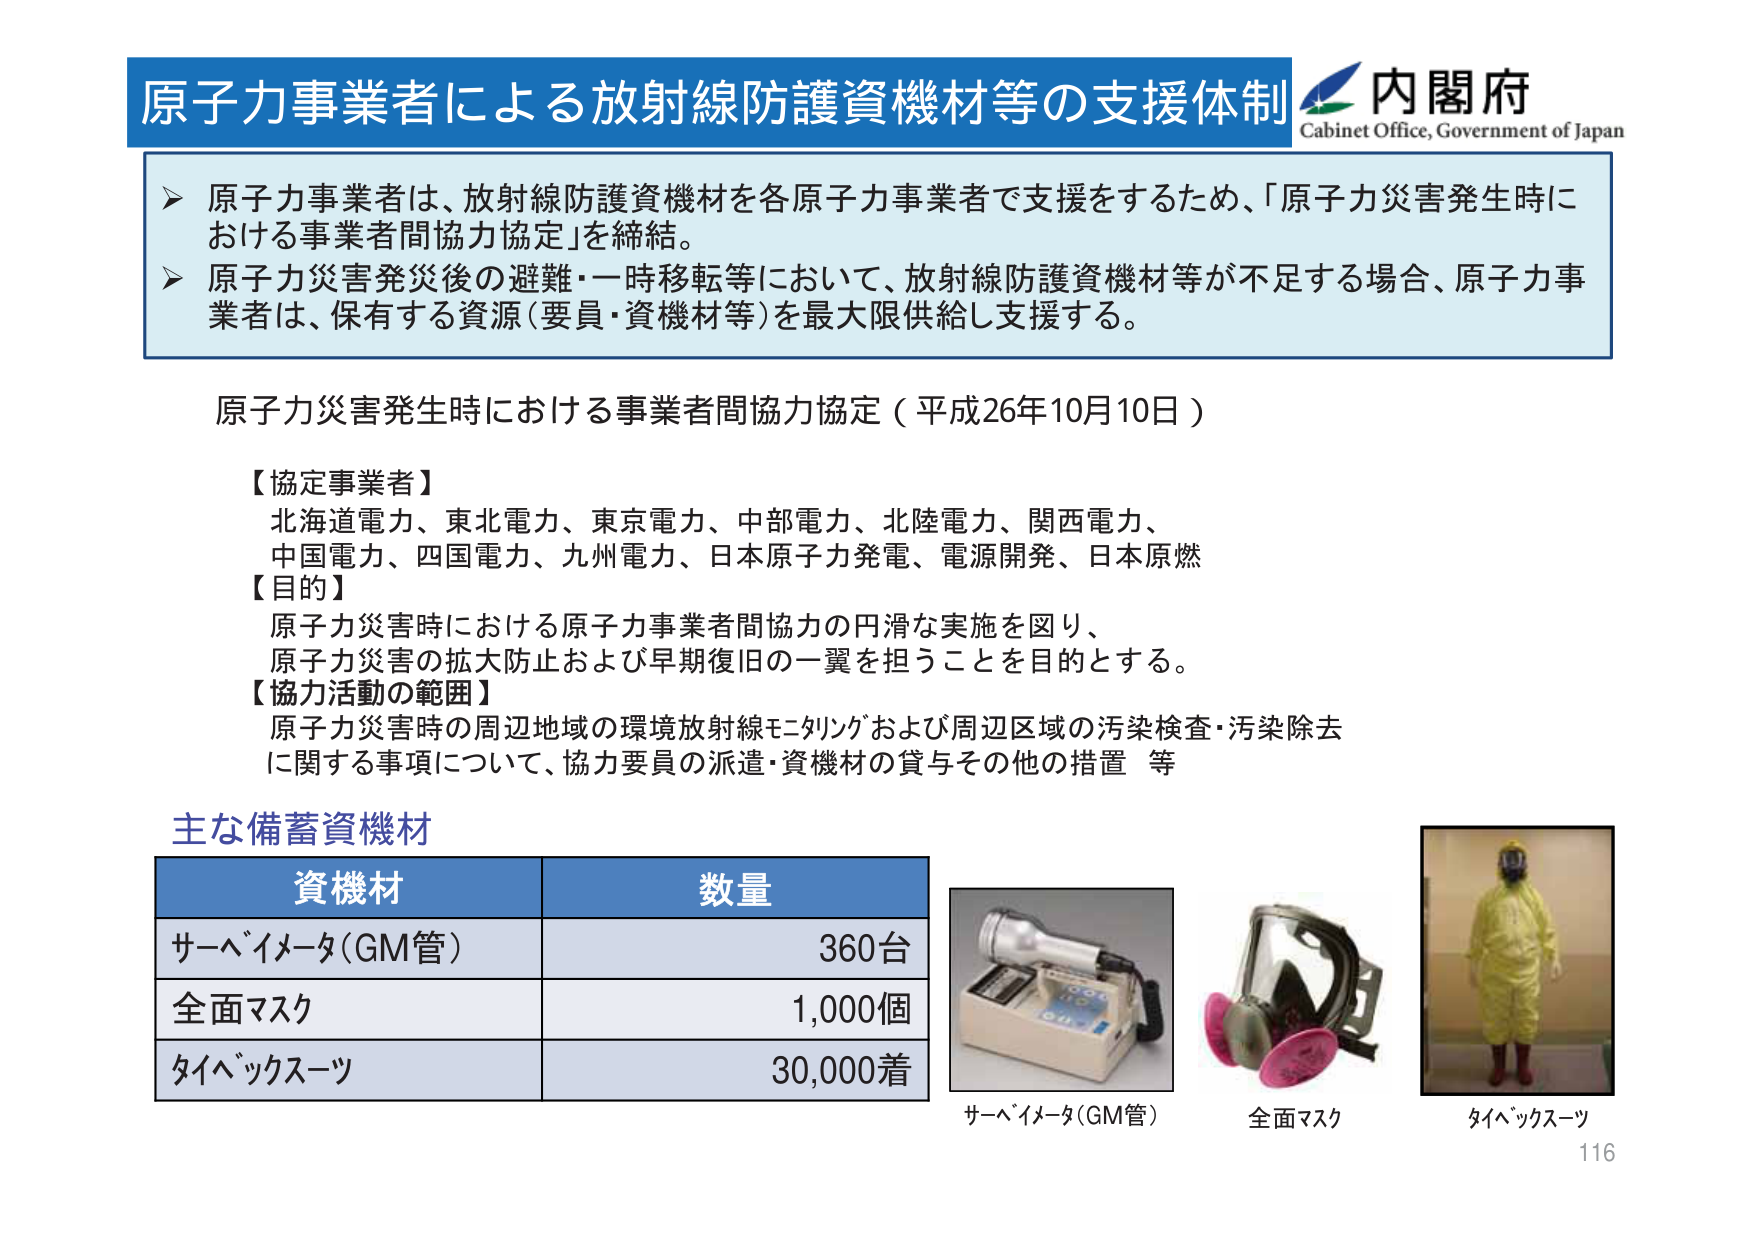
原子力事業者による放射線防護資機材等の支援体制
内閣府
Cabinet Office, Government of Japan
▶ 原子力事業者は、放射線防護資機材を各原子力事業者で支援をするため、「原子力災害発生時における事業者間協力協定」を締結。
▶ 原子力災害発災後の避難・一時移転等において、放射線防護資機材等が不足する場合、原子力事業者は、保有する資源（要員・資機材等）を最大限供給し支援する。
原子力災害発生時における事業者間協力協定（平成26年10月10日）
【協定事業者】
北海道電力、東北電力、東京電力、中部電力、北陸電力、関西電力、
中国電力、四国電力、九州電力、日本原子力発電、電源開発、日本原燃
【目的】
原子力災害時における原子力事業者間協力の円滑な実施を図り、
原子力災害の拡大防止および早期復旧の一翼を担うことを目的とする。
【協力活動の範囲】
原子力災害時の周辺地域の環境放射線モニタリングおよび周辺区域の汚染検査・汚染除去
に関する事項について、協力要員の派遣・資機材の貸与その他の措置 等
主な備蓄資機材
資機材 数量
サーベイメータ（GM管） 360台
全面マスク 1,000個
タイベックスーツ 30,000着
サーベイメータ（GM管）
全面マスク
タイベックスーツ
116